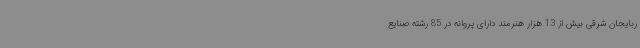
ربایجان شرقی بیش از 13 هزار هنرمند دارای پروانه در 85 رشته صنایع‌